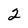
Character: 2